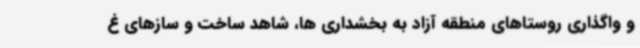
و واگذاری روستاهای منطقه آزاد به بخشداری ها، شاهد ساخت و سازهای غ